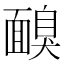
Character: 𩈸